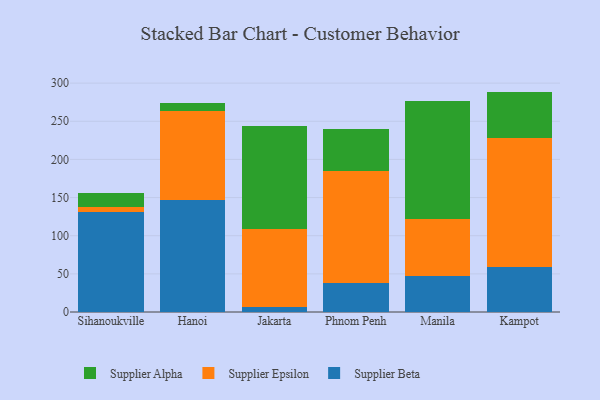
{"axis": {"x": "City", "y": "Temperature (°C)"}, "legend": ["Supplier Alpha", "Supplier Beta", "Supplier Epsilon"], "data": [{"x": "Sihanoukville", "y": 131.6, "type": "Supplier Beta"}, {"x": "Sihanoukville", "y": 6.6, "type": "Supplier Epsilon"}, {"x": "Sihanoukville", "y": 18.0, "type": "Supplier Alpha"}, {"x": "Hanoi", "y": 146.8, "type": "Supplier Beta"}, {"x": "Hanoi", "y": 116.1, "type": "Supplier Epsilon"}, {"x": "Hanoi", "y": 11.4, "type": "Supplier Alpha"}, {"x": "Jakarta", "y": 6.4, "type": "Supplier Beta"}, {"x": "Jakarta", "y": 102.0, "type": "Supplier Epsilon"}, {"x": "Jakarta", "y": 135.2, "type": "Supplier Alpha"}, {"x": "Phnom Penh", "y": 38.3, "type": "Supplier Beta"}, {"x": "Phnom Penh", "y": 146.6, "type": "Supplier Epsilon"}, {"x": "Phnom Penh", "y": 54.8, "type": "Supplier Alpha"}, {"x": "Manila", "y": 47.0, "type": "Supplier Beta"}, {"x": "Manila", "y": 74.6, "type": "Supplier Epsilon"}, {"x": "Manila", "y": 154.4, "type": "Supplier Alpha"}, {"x": "Kampot", "y": 59.4, "type": "Supplier Beta"}, {"x": "Kampot", "y": 168.8, "type": "Supplier Epsilon"}, {"x": "Kampot", "y": 60.7, "type": "Supplier Alpha"}]}